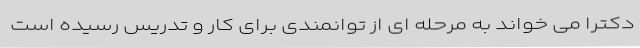
دکترا می خواند به مرحله ای از توانمندی برای کار و تدریس رسیده است